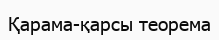
Қарама-қарсы теорема